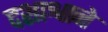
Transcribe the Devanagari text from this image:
दशाश्वाने